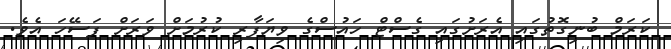
ކަރަމް ބުނިގޮތުގައި އެރަށުގައި ގެސްޓް ހައުސްގެ ވިޔަފާރި ކުރުމަށް ވަރަށް ފަސޭހަ އެވެ.